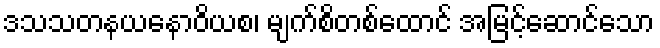
ဒသသတနယနောဝိယစ၊ မျက်စိတစ်ထောင် အမြင့်ဆောင်သော